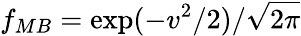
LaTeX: f_{MB}=\exp(-v^{2}/2)/\sqrt{2\pi}